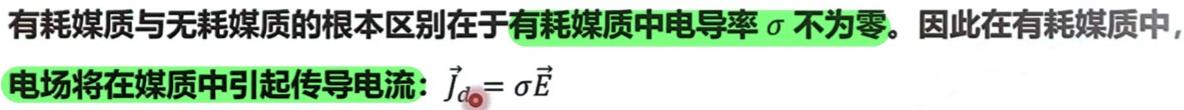
有耗媒质与无耗媒质的根本区别在于有耗媒质中电导率$\sigma$不为零。因此在有耗媒质中，电场将在媒质中引起传导电流：$\vec{J}_c = \sigma\vec{E}$